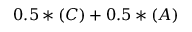
0 . 5 * ( C ) + 0 . 5 * ( A )